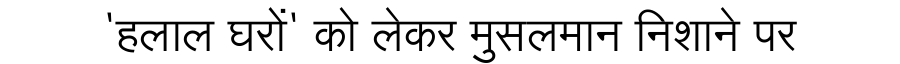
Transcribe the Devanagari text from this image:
'हलाल घरों' को लेकर मुसलमान निशाने पर